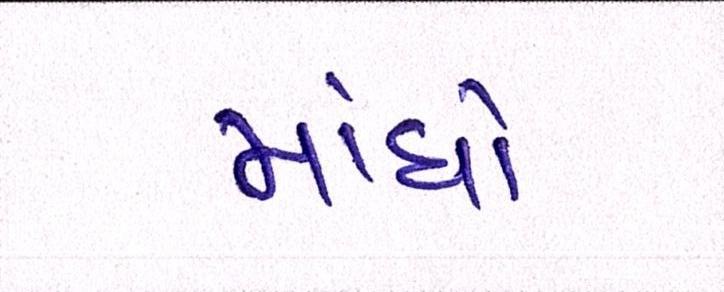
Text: મોંઘો